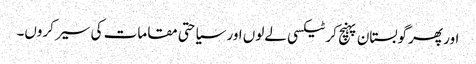
اور پھر گوبستان پہنچ کر ٹیکسی لےلوں اور سیاحتی مقامات کی سیر کروں۔